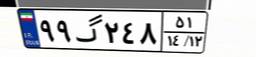
۹۹گ۲۴۸۵۱